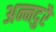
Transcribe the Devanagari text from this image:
अन्नदुरै